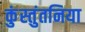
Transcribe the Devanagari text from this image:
कुंस्तुंतनिया